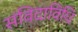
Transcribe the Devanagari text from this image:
संविदाविधि